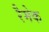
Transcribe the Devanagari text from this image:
रैमेक